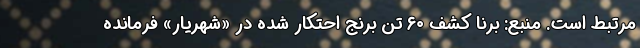
مرتبط است. منبع: برنا کشف ۶۰ تن برنج احتکار شده در «شهریار» فرمانده